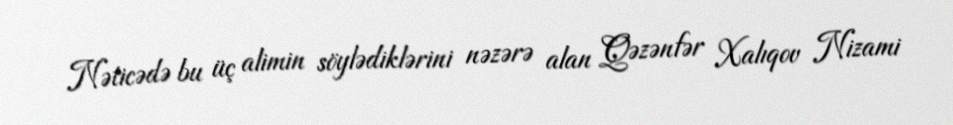
Nəticədə bu üç alimin söylədiklərini nəzərə alan Qəzənfər Xalıqov Nizami